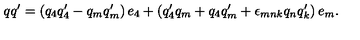
q q ^ { \prime } = \left( q _ { 4 } q _ { 4 } ^ { \prime } - q _ { m } q _ { m } ^ { \prime } \right) e _ { 4 } + \left( q _ { 4 } ^ { \prime } q _ { m } + q _ { 4 } q _ { m } ^ { \prime } + \epsilon _ { m n k } q _ { n } q _ { k } ^ { \prime } \right) e _ { m } .